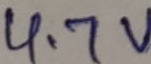
Text: 4.7V